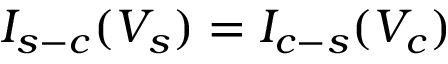
I _ { s - c } ( V _ { s } ) = I _ { c - s } ( V _ { c } )